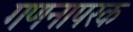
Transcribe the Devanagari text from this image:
गणनापरक